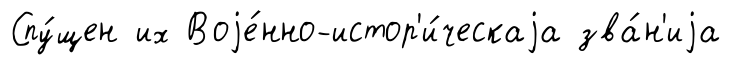
Спу́щен их Воjе́нно-истор'и́ческаjа зва́н'иjа